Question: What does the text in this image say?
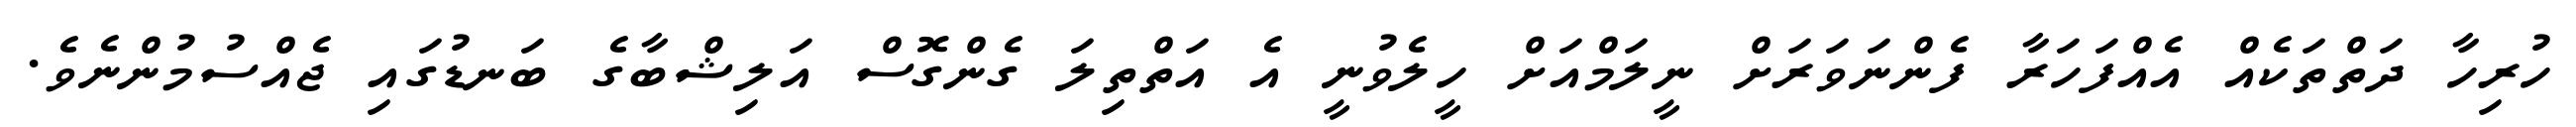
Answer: ހުރިހާ ދަތްތަކެއް އެއްފަހަރާ ފެންނަވަރަށް ނީލަމްއަށް ހީލެވުނީ އެ އަތްތިލަ ގެންގޮސް އަލިޝްބާގެ ބަނޑުގައި ޖެއްސުމުންނެވެ.